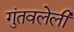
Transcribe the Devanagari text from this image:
गुंतवलेली